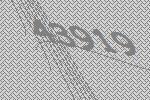
43919